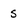
Character: s